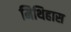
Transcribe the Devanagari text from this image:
मिथिहास